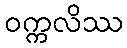
ဝက္ကလိဿ